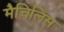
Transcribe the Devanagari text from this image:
मैचिलिस